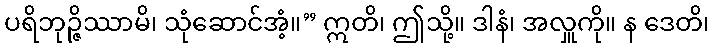
ပရိဘုဉ္ဇိဿာမိ၊ သုံဆောင်အံ့။” ဣတိ၊ ဤသို့။ ဒါနံ၊ အလှူကို။ န ဒေတိ၊